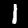
Digit: 1